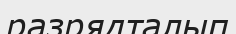
разрядталып